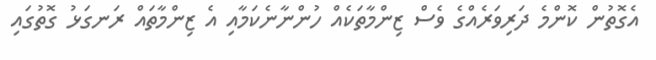
އެގޮތުން ކޮންމެ ދަރިވަރެއްގެ ވެސް ޒިންމާތަކެއް ހުންނާނެކަމާއި އެ ޒިންމާތައް ރަނގަޅު ގޮތުގައި